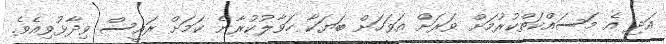
އަދި އެ މަސައްކަތްކުރުމަށް ވަރަށް އަވަހަށް ބަޔަކާ ހަވާލުކުރާނެ ކަމަށް ރައީސް ވިދާޅުވިއެވެ.